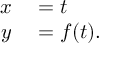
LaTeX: \begin{array} { r l } { x } & { { } = t } \\ { y } & { { } = f ( t ) . } \end{array}